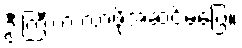
ဦးကြီးက လာဖို့အဆင်မပြေ။